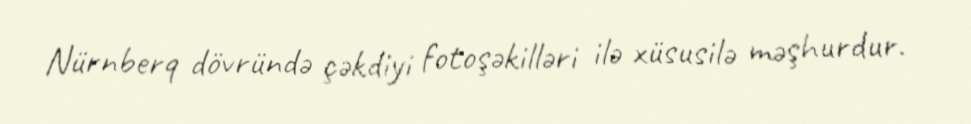
Nürnberq dövründə çəkdiyi fotoşəkilləri ilə xüsusilə məşhurdur.